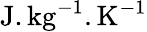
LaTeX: \textrm{J}.\textrm{kg}^{-1}.\textrm{K}^{-1}